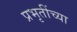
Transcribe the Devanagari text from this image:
प्रभृतींच्या